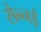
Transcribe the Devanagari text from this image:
सेन्नई